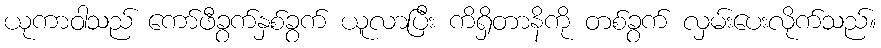
ယုကာဝါသည် ကော်ဖီခွက်နှစ်ခွက် ယူလာပြီး ကိရှိတာနိကို တစ်ခွက် လှမ်းပေးလိုက်သည်။